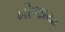
ખીજાયા